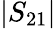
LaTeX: |S_{21}|